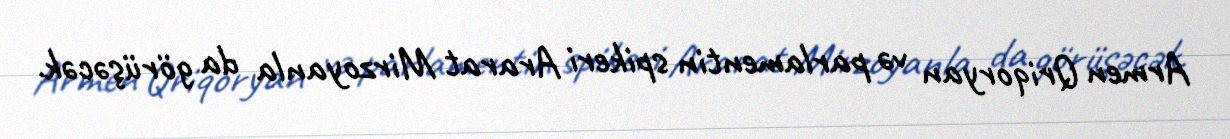
Armen Qriqoryan və parlamentin spikeri Ararat Mirzoyanla da görüşəcək.